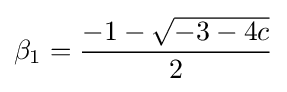
\beta _{1}={\frac {-1-{\sqrt {-3-4c}}}{2}}